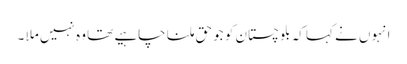
انہوں نے کہا کہ بلوچستان کو جو حق ملنا چاہیے تھا وہ نہیں ملا ۔